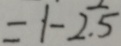
= 1 - 2 . 5